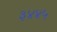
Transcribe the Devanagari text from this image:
३४४५